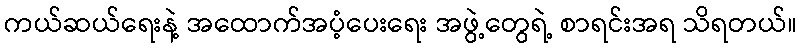
ကယ်ဆယ်ရေးနဲ့ အထောက်အပံ့ပေးရေး အဖွဲ့တွေရဲ့ စာရင်းအရ သိရတယ်။